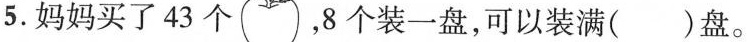
5.妈妈买了43个 ，8个装一盘，可以装满()盘。